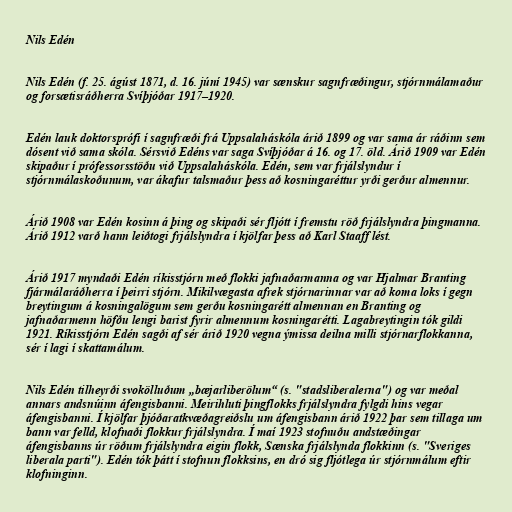
Nils Edén

Nils Edén (f. 25. ágúst 1871, d. 16. júní 1945) var sænskur sagnfræðingur, stjórnmálamaður
og forsætisráðherra Svíþjóðar 1917–1920.

Edén lauk doktorsprófi í sagnfræði frá Uppsalaháskóla árið 1899 og var sama ár ráðinn sem
dósent við sama skóla. Sérsvið Edéns var saga Svíþjóðar á 16. og 17. öld. Árið 1909 var Edén
skipaður í prófessorsstöðu við Uppsalaháskóla. Edén, sem var frjálslyndur í
stjórnmálaskoðunum, var ákafur talsmaður þess að kosningaréttur yrði gerður almennur.

Árið 1908 var Edén kosinn á þing og skipaði sér fljótt í fremstu röð frjálslyndra þingmanna.
Árið 1912 varð hann leiðtogi frjálslyndra í kjölfar þess að Karl Staaff lést.

Árið 1917 myndaði Edén ríkisstjórn með flokki jafnaðarmanna og var Hjalmar Branting
fjármálaráðherra í þeirri stjórn. Mikilvægasta afrek stjórnarinnar var að koma loks í gegn
breytingum á kosningalögum sem gerðu kosningarétt almennan en Branting og
jafnaðarmenn höfðu lengi barist fyrir almennum kosningarétti. Lagabreytingin tók gildi
1921. Ríkisstjórn Edén sagði af sér árið 1920 vegna ýmissa deilna milli stjórnarflokkanna,
sér í lagi í skattamálum.

Nils Edén tilheyrði svokölluðum „bæjarliberölum“ (s. "stadsliberalerna") og var meðal
annars andsnúinn áfengisbanni. Meirihluti þingflokks frjálslyndra fylgdi hins vegar
áfengisbanni. Í kjölfar þjóðaratkvæðagreiðslu um áfengisbann árið 1922 þar sem tillaga um
bann var felld, klofnaði flokkur frjálslyndra. Í maí 1923 stofnuðu andstæðingar
áfengisbanns úr röðum frjálslyndra eigin flokk, Sænska frjálslynda flokkinn (s. "Sveriges
liberala parti"). Edén tók þátt í stofnun flokksins, en dró sig fljótlega úr stjórnmálum eftir
klofninginn.